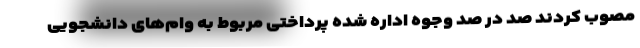
مصوب کردند صد در صد وجوه اداره شده پرداختی مربوط به وام‌های دانشجویی